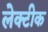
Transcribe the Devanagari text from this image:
लेक्टीक